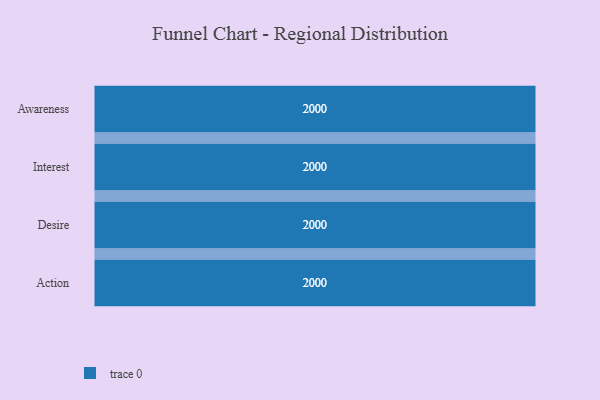
{"axis": {"x": "Stage", "y": "Value"}, "legend": [""], "data": [{"x": "Awareness", "y": 2000, "type": ""}, {"x": "Interest", "y": 2000, "type": ""}, {"x": "Desire", "y": 2000, "type": ""}, {"x": "Action", "y": 2000, "type": ""}]}